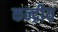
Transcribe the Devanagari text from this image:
कन्द्रीय